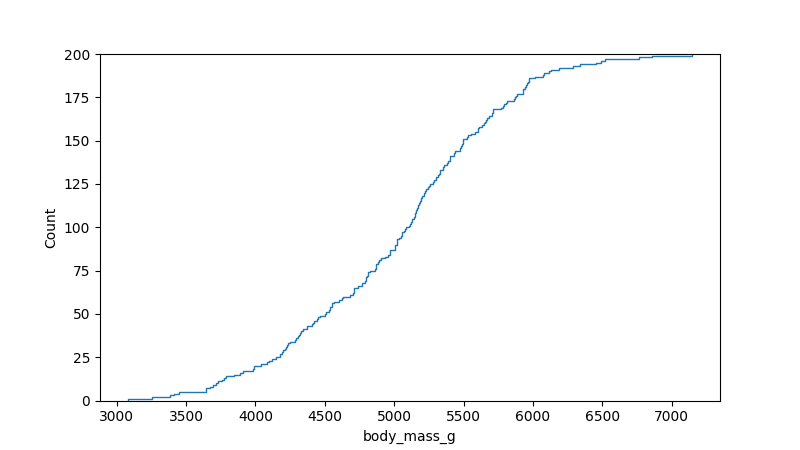
python, seaborn, ecdfplot, column='body_mass_g', hue='all', stat='count', linewidth=1.0